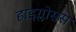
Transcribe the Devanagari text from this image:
हाइग्लोसस